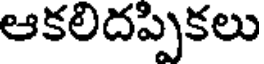
ఆకలిదప్పికలు